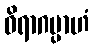
ဝိရာဂမ္ပာဟံ